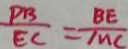
\frac { P B } { E C } = \frac { B E } { M C }